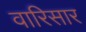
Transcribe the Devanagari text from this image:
वारिसार